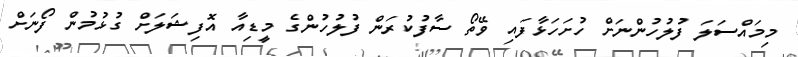
މިމައްސަލަ ފުލުހުންނަށް ހުށަހަޅާފައި ވޭތޯ ސާފުކުރަން ފުލުހުންގެ މީޑިއާ އޮފިޝަލަށް ގުޅުމުން ފޯނަށް